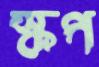
স্কপ